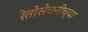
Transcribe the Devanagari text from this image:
रेतोसेचनीच्या